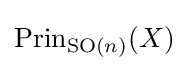
\operatorname {Prin} _{\operatorname {SO} (n)}(X)